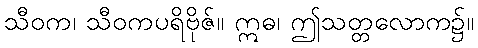
သီဝက၊ သီဝကပရိဗိုဇ်။ ဣဓ၊ ဤသတ္တလောက၌။